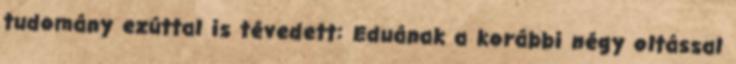
tudomány ezúttal is tévedett: Eduának a korábbi négy oltással